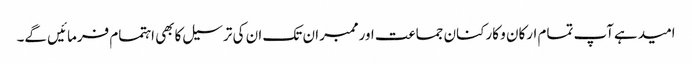
امیدہےآپ تمام ارکان و کارکنان جماعت اورممبران تک ان کی ترسیل کابھی اہتمام فرمائیں گے۔